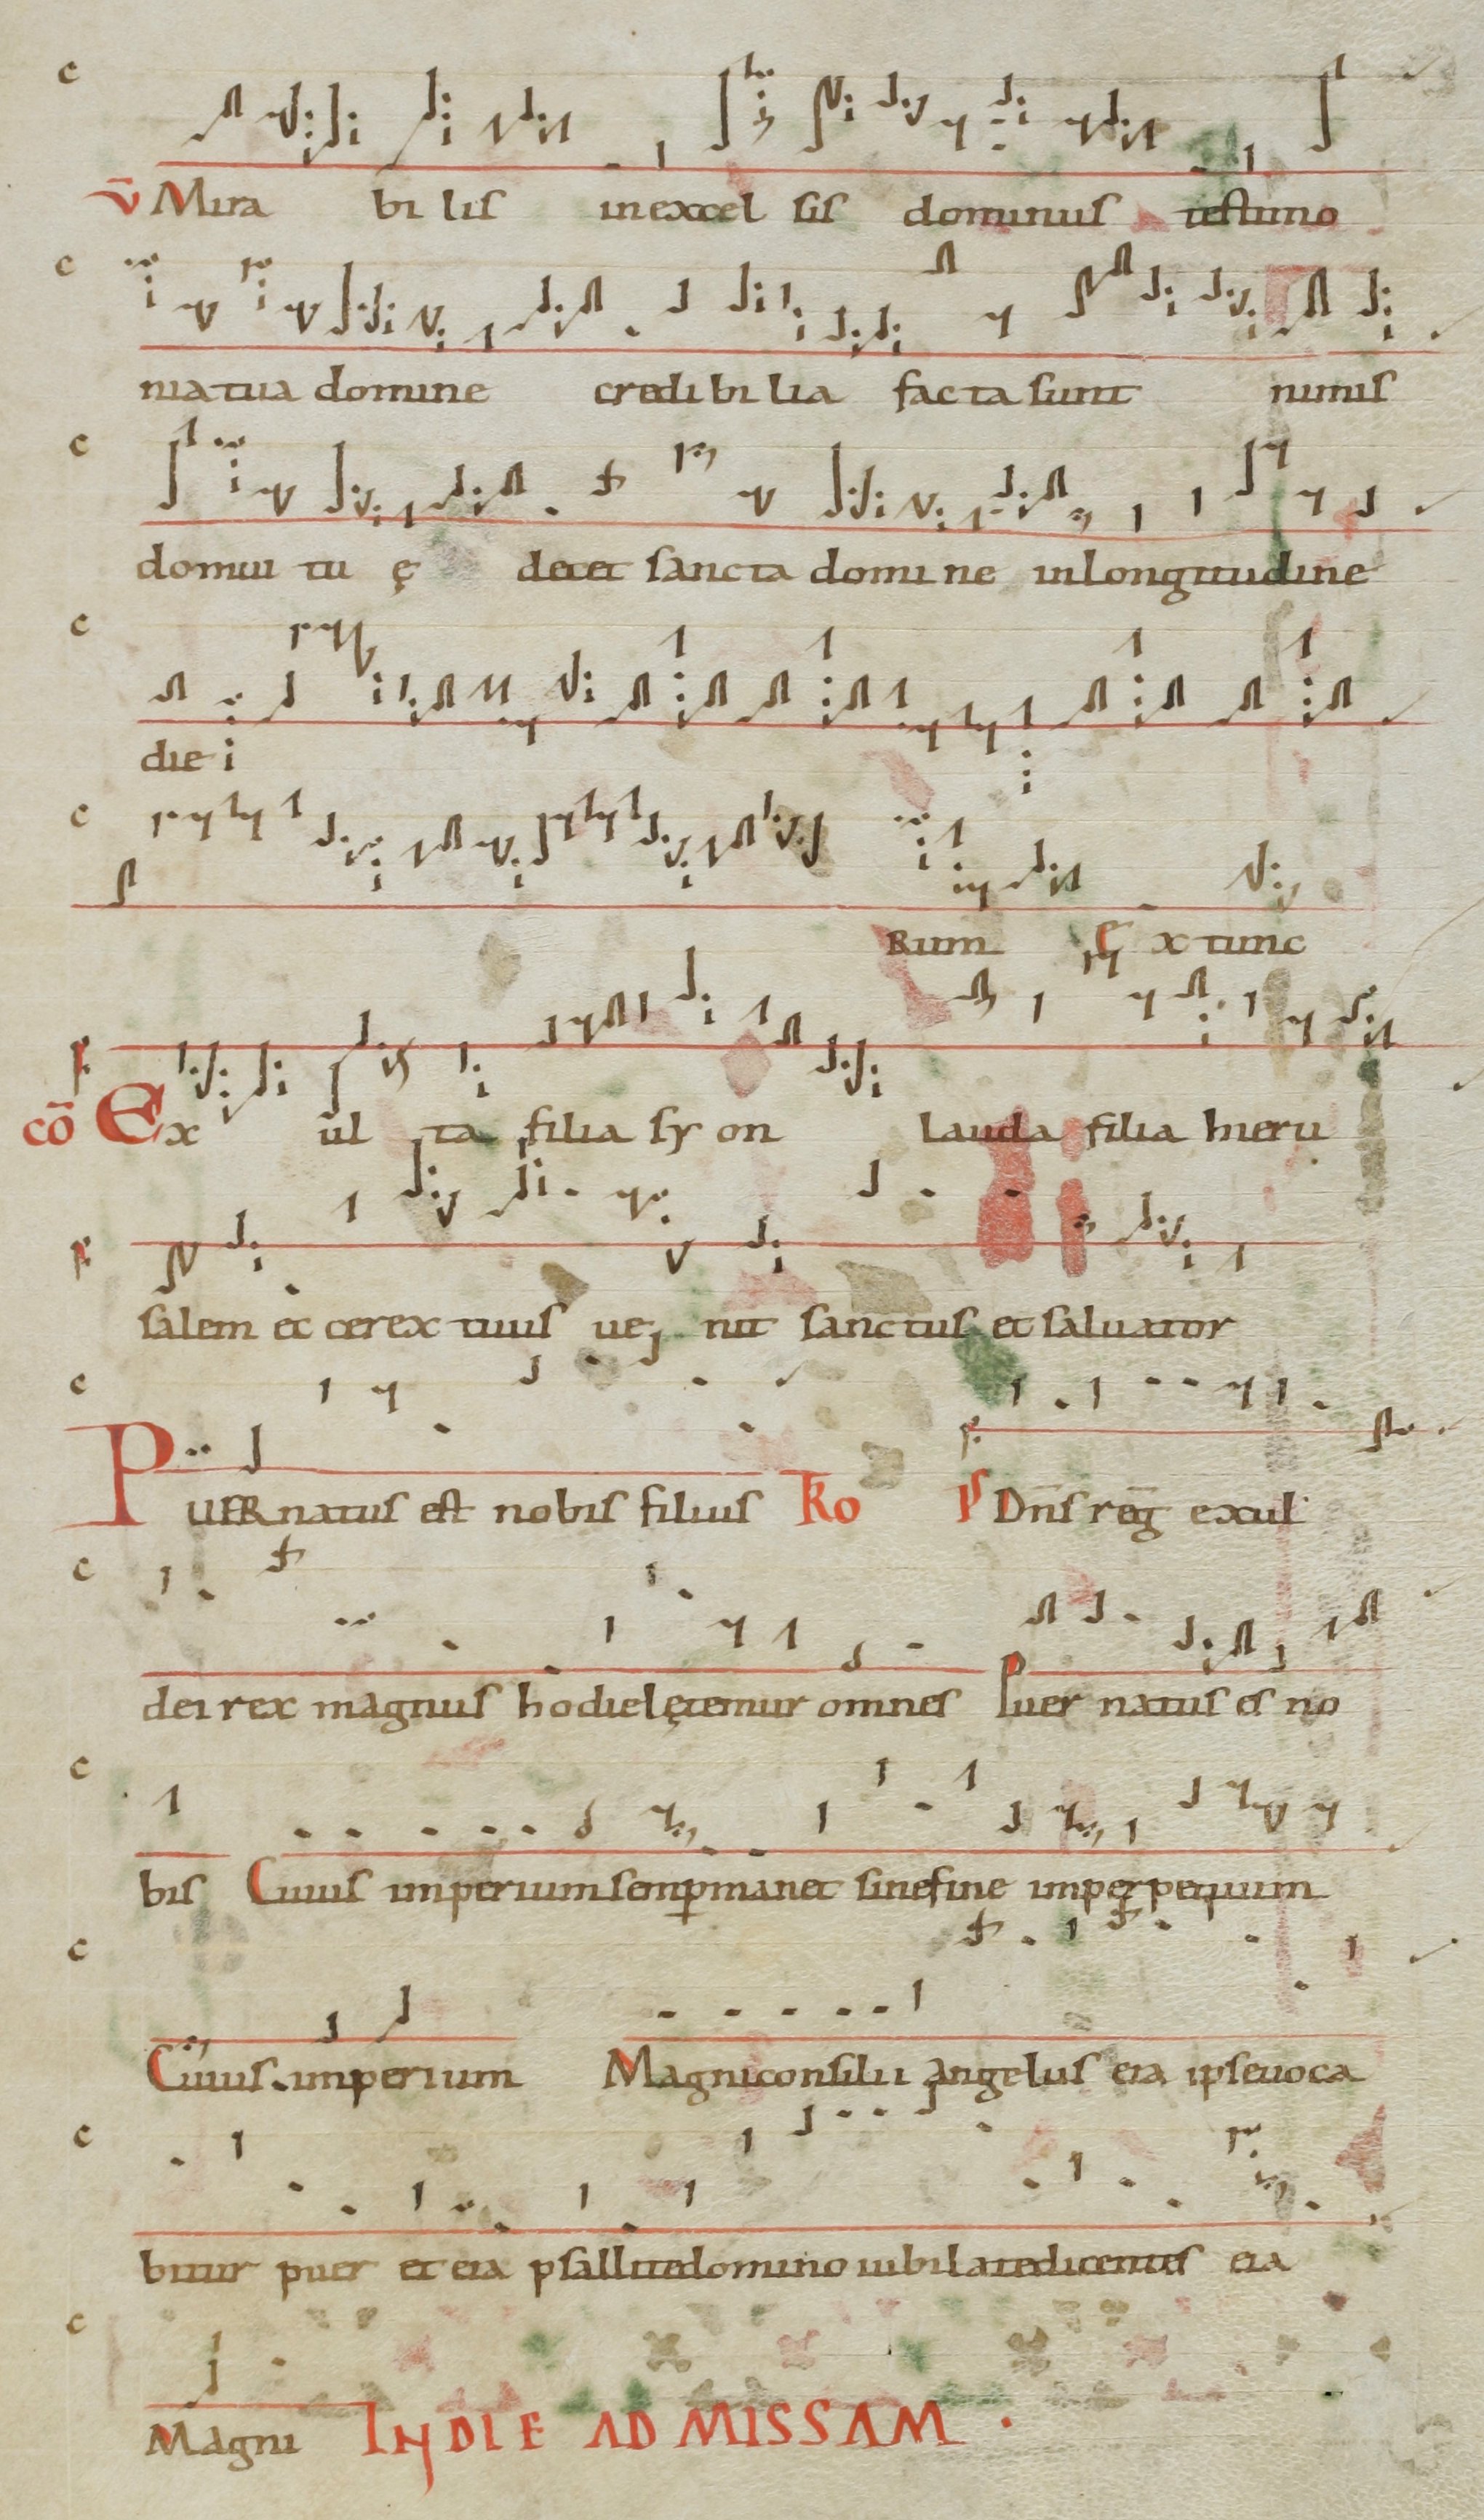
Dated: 1071–1071